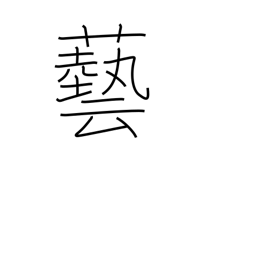
Meaning: stunt